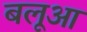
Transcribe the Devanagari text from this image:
बलूआ